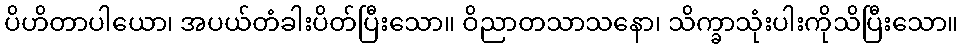
ပိဟိတာပါယော၊ အပယ်တံခါးပိတ်ပြီးသော။ ဝိညာတသာသနော၊ သိက္ခာသုံးပါးကိုသိပြီးသော။